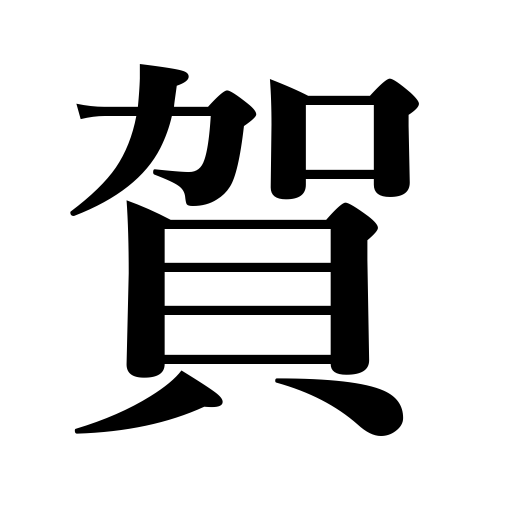
Meanings: joy of the occasion,felicitations,congratulations,compliments